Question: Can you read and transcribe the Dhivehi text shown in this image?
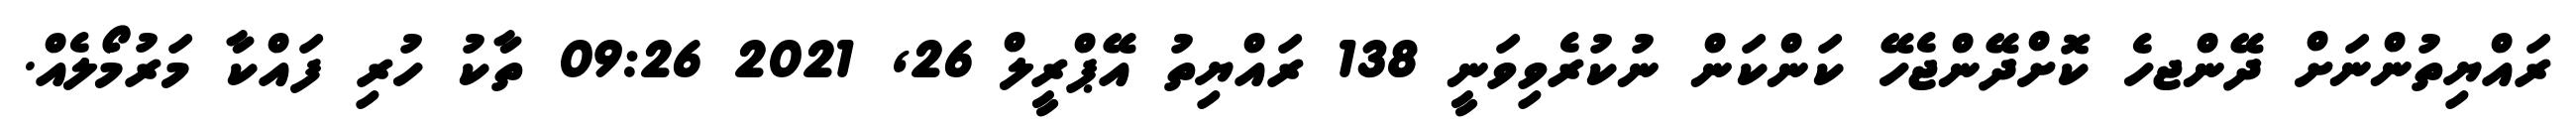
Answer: ރައްޔިތުންނަށް ދޭންޖހެ ކޮށްދޭންޖެހޭ ކަންކަން ނުކުރެވިވަނީ 138 ރައްޔިތު އޭޕްރީލް 26, 2021 09:26 ތާކު ހުރި ފައްކާ މަރުމޯލެއް.